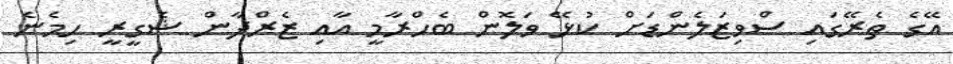
އޭގެ ތެރޭގައި ސްވިޒަލެންޑަށް ކުޅޭ ވަލޮން ބެހްރާމީ އާއި ޒެރްދާން ޝެގީރީ ހިމެނެ